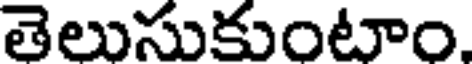
తెలుసుకుంటాం.